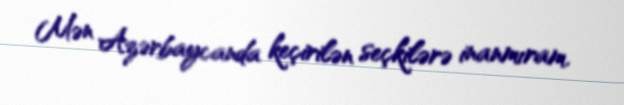
Mən Azərbaycanda keçirilən seçkilərə inanmıram.